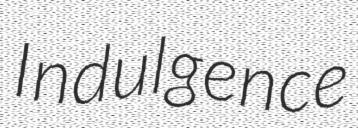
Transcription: Indulgence